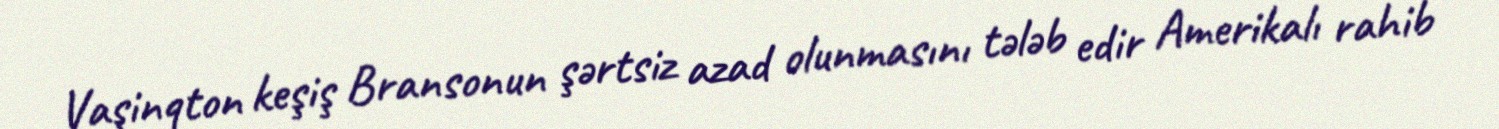
Vaşinqton keşiş Bransonun şərtsiz azad olunmasını tələb edir Amerikalı rahib